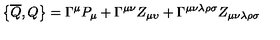
\left\{ \overline { { Q } } , Q \right\} = \Gamma ^ { \mu } P _ { \mu } + \Gamma ^ { \mu \nu } Z _ { \mu \upsilon } + \Gamma ^ { \mu \nu \lambda \rho \sigma } Z _ { \mu \nu \lambda \rho \sigma }